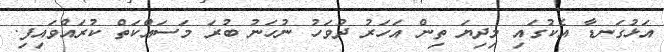
އަޅުގަނޑާ އެކުގައި މިދިޔަ ތިން އަހަރު ދުވަހު ނުހަނު ބުރަ މަސައްކަތް ކުރައްވައިފި.